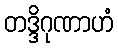
တဒ္ဒိဂုဏာဟံ